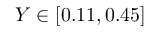
Y \in [ 0 . 1 1 , 0 . 4 5 ]